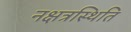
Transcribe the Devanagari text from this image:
नक्षत्रस्थिति